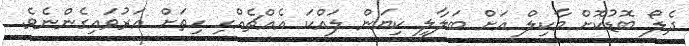
ދެލޯ ބޮޑުކޮށް މާކިލް އަށް ބަލާލީ ކިޔަން ލައްކަ އެއްޗެއްހި ހިތަށް އަރުވައިގެންނެވެ.